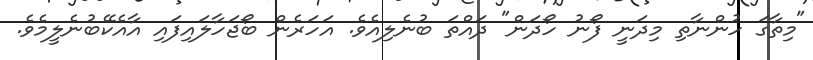
"މިތާގަ ހުންނާތި މިދަނީ ފޯނު ހޯދަން" ދައްތަ ބުނެލިއެވެ. އަހަރެން ބޯޖަހާލައިފައި އާއެކޭބުނެލީމެވެ.